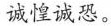
诚惶诚恐。